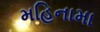
મહિનામા